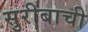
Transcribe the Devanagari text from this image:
सुरीबाची